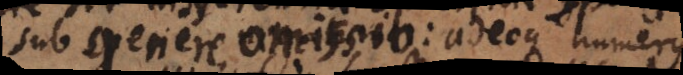
sub genere omissio: adeoque numerus